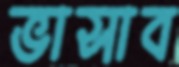
ভাসাব